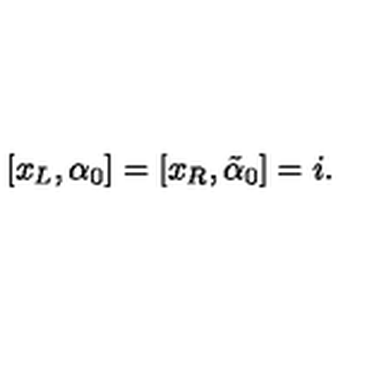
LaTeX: [ x _ { L } , \alpha _ { 0 } ] = [ x _ { R } , \tilde { \alpha } _ { 0 } ] = i .